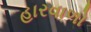
હારવાળો